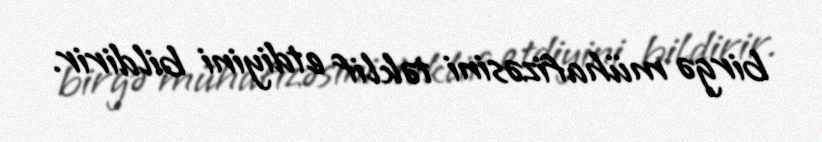
birgə mühafizəsini təklif etdiyini bildirir.